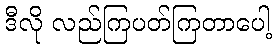
ဒီလို လည်ကြပတ်ကြတာပေါ့